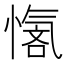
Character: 𪬣